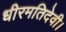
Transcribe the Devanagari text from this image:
धीरमतिदेवी।